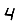
Digit: 4